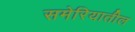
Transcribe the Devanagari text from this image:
समेरियातील